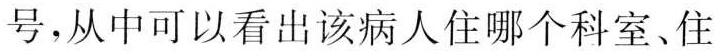
号，从中可以看出该病人住哪个科室、住